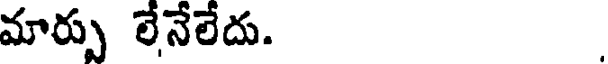
మార్పు లేనేలేదు.